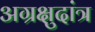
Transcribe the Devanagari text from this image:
अग्रक्षुदांत्र